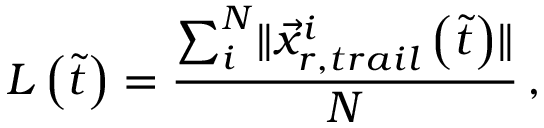
L \left( \tilde { t } \right) = \frac { \sum _ { i } ^ { N } \lVert \vec { x } _ { r , t r a i l } ^ { i } \left( \tilde { t } \right) \rVert } { N } \, ,